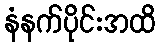
နံနက်ပိုင်းအထိ